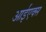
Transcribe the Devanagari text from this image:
आईएक्स